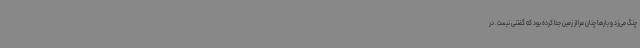
چنگ می‌زد و بارها چنان مرا از زمین جدا کرده بود که گفتنی نیست. در